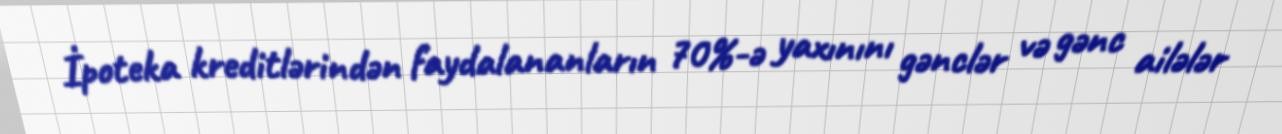
İpoteka kreditlərindən faydalananların 70%-ə yaxınını gənclər və gənc ailələr